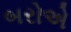
બરોએ